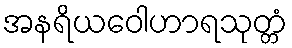
အနရိယဝေါဟာရသုတ္တံ